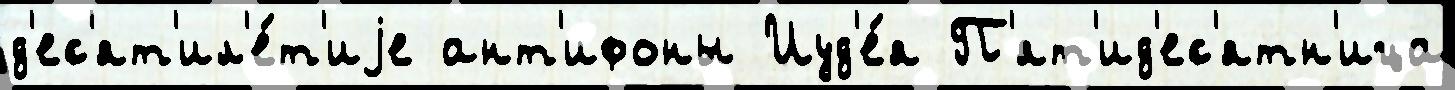
д'ес'ят'ил'е́т'иjе ант'ифоны Иуд'е́я П'ят'ид'ес'ятн'ица